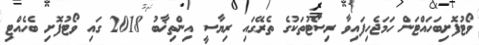
ވޯޓުފޮށިބަހައްޓަން ހަމަޖެހިފައިވާ ރިސޯޓުތަކުގެ ތެރޭގައި ރިޔާސީ އިންތިޚާބު 2018 ގައި ވޯޓުފޮށި ބެހެއްޓި